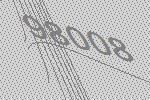
98008